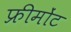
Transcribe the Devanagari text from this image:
फ्रीमोंट